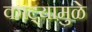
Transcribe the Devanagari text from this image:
काट्यामुळे